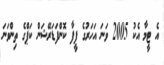
އެ ޓީމާ އެކު 2005 ވަނަ އަހަރުގެ ފީފާ ކޮންފަޑަރޭޝަން ކަޕްގެ ތިންވަނަ